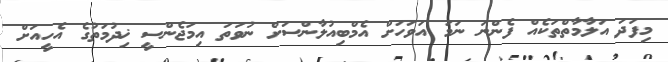
މިފަދަ އަލާމާތްތަކެއް ފެންނަ ނަމަ އަވަހަށް އެމްބިއުލާންސަށް ނުވަތަ އިމަޖެންސީ ޚިދުމަތުގެ އެހީއަށް